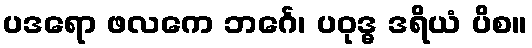
ပဒရော ဖလကေ ဘင်္ဂေ၊ ပဝုဒ္ဓ ဒရိယံ ပိစ။